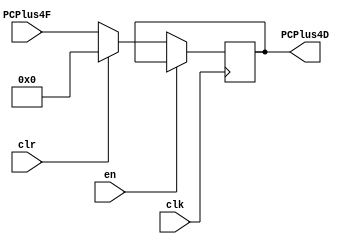
`timescale 1ns / 1ps
//////////////////////////////////////////////////////////////////////////////////
// Company: 
// Engineer: 
// 
// Design Name: 
// Module Name:    PC_Latch 
// Project Name: 
// Target Devices: 
// Tool versions: 
// Description: 
//
// Dependencies: 
//
// Revision: 
// Revision 0.01 - File Created
// Additional Comments: 
//
//////////////////////////////////////////////////////////////////////////////////
module PC_Latch(
	input wire clk,
	input wire en,
	input wire clr,
	input wire [8:0] PCPlus4F,
	output reg [8:0] PCPlus4D
    );

always@(posedge clk)
begin
	if(en == 0)
	begin
		if(clr)
		begin
			PCPlus4D <= 0;
		end
		else
		begin
			PCPlus4D <= PCPlus4F;
		end
	end
end


endmodule